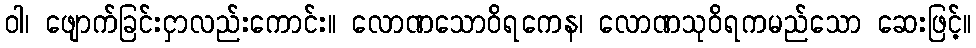
ဝါ၊ ဖျောက်ခြင်းငှာလည်းကောင်း။ လောဏသောဝိရကေန၊ လောဏသုဝိရကမည်သော ဆေးဖြင့်။